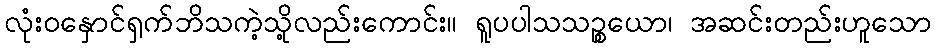
လုံးဝနှောင်ရှက်ဘိသကဲ့သို့လည်းကောင်း။ ရူပပါသသဉ္စယော၊ အဆင်းတည်းဟူသော